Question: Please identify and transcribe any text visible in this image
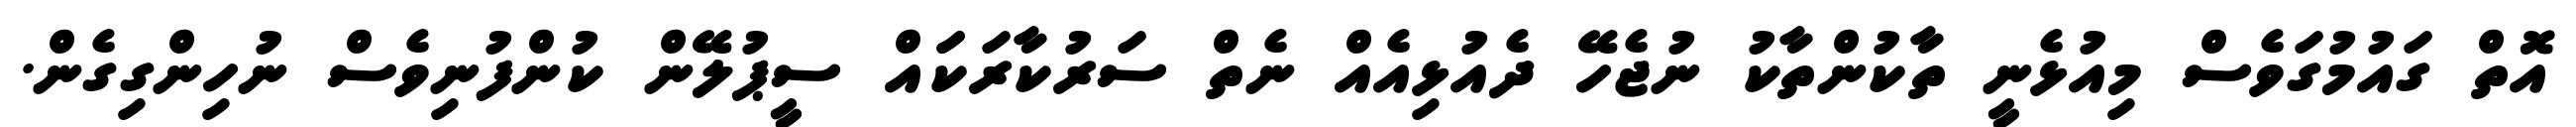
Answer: އޮތް ގައުމުގަވެސް މިއުޅެނީ ތާކުންތާކު ނުޖެހޭ ދެއުޅިއެއް ނެތް ސަރުކާރަކަައް ސީޕުލޭން ކުންފުނިވެސް ނުހިންގިގެން.